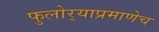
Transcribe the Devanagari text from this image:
फुलोर्‍याप्रमाणेच